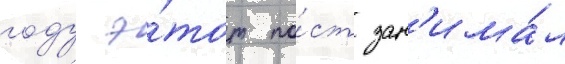
году э́тот по́ст зан'има́л